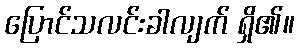
ပြောင်သလင်းခါလျက် ရှိ၏။